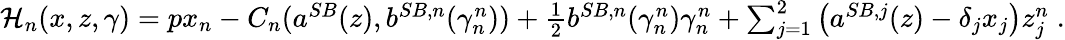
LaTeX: \begin{array}{r}{\mathcal{H}_{n}(x,z,\gamma)=px_{n}-C_{n}(a^{SB}(z),b^{SB,n}(\gamma_{n}^{n}))+\frac 12b^{SB,n}(\gamma_{n}^{n})\gamma_{n}^{n}+\sum_{j=1}^{2}\left(a^{SB,j}(z)-\delta_{j}x_{j}\right)z_{j}^{n}\; .}\end{array}